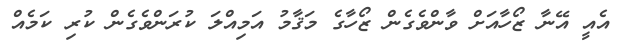
އެއީ އޭނާ ޒޯހާއަށް ވާންވެގެން ޒޯހާގެ މަޤާމު އަމިއްލަ ކުރަންވެގެން ކުރި ކަމެއް